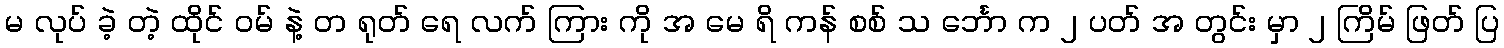
မ လုပ် ခဲ့ တဲ့ ထိုင် ဝမ် နဲ့ တ ရုတ် ရေ လက် ကြား ကို အ မေ ရိ ကန် စစ် သ င်္ဘော က ၂ ပတ် အ တွင်း မှာ ၂ ကြိမ် ဖြတ် ပြ